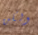
ولكن